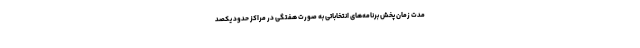
مدت زمان پخش برنامه‌های انتخاباتی به صورت هفتگی در مراکز حدود یکصد